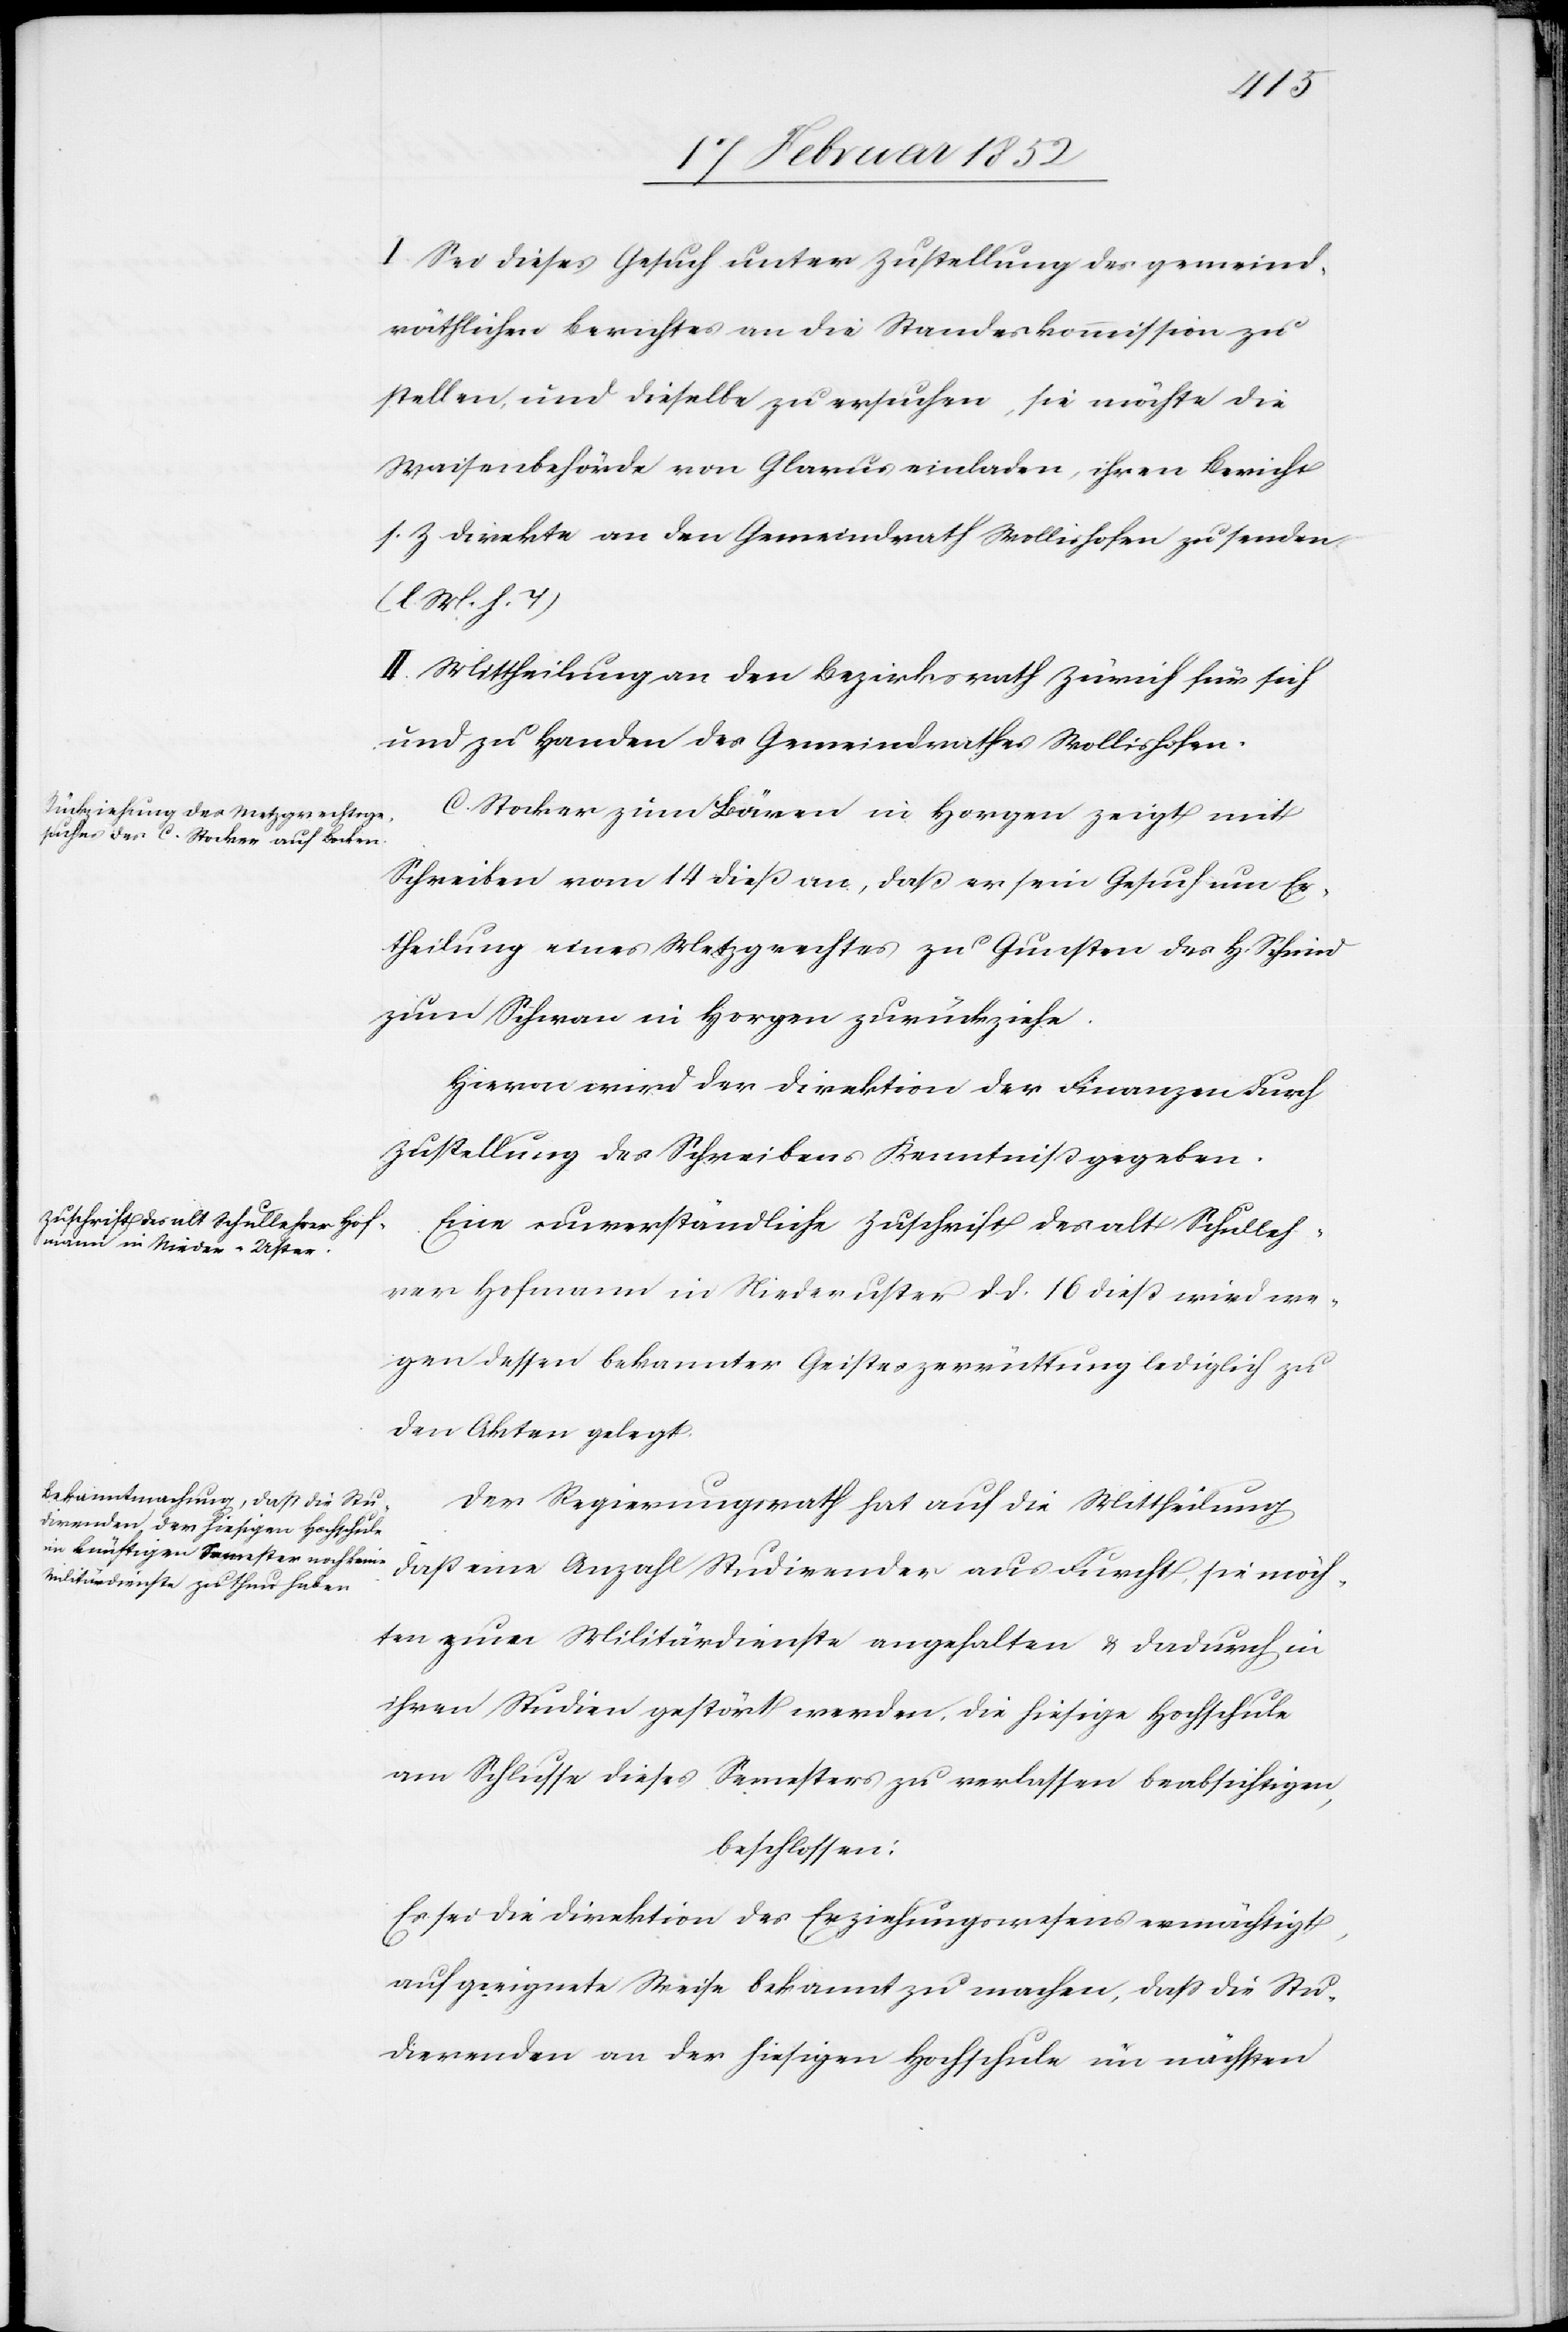
I. Sei dieses Gesuch unter Zustellung des gemeind¬
räthlichen Berichtes an die Standeskommission zu
stellen, und dieselbe zu ersuchen, sie möchte die
Waisenbehörde von Glarus einladen, ihren Bericht
s. z. direkten an den Gemeindrath Wollishofen zu senden
(l. M. h. T)
II. Mittheilungen an den Bezirksrath Zürich für sich
und zu Handen des Gemeindrathes Wollishofen.
C. Stocker im Bären in Horgen zeigt mit
Schreiben vom 14 dieß an, daß er sein Gesuch um Er¬
theilung eines Metzgrechtes zu Gunsten des H. Schmid
zum Schwan in Horgen zurückziehe.
Hiervon wird der Direktion der Finanzen durch
Zustellung des Schreibens Kenntniß gegeben.
Eine unverständliche Zuschrift des alt Schulleh¬
rer Hofmann in Niederuster d. d. 16 dieß wird we¬
gen dessen bekannter Geisteszerrüttung lediglich zu
den Akten gelegt.
Der Regierungsrath hat auf die Mittheilung
daß eine Anzahl Studirender aus Furcht, sie möch¬
ten zum Militärdienste angehalten u. dadurch in
ihren Studien gestört werden, die hiesige Hochschule
am Schlusse dieses Semester zu verlassen beabsichtigen,
beschlossen:
Es sei die Direktion des Erziehungswesens ermächtigt,
auf geeignete Weise bekannt zu machen, daß die Stu¬
direnden an der hiesigen Hochschule im nächsten